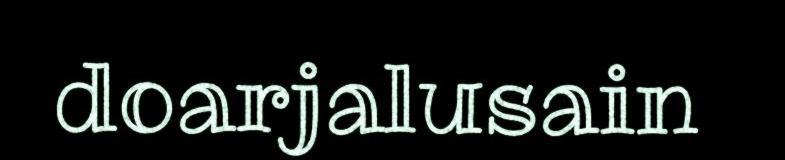
doarjalusain